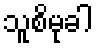
သူစိမုခါ